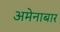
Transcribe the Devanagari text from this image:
अमेनाबार